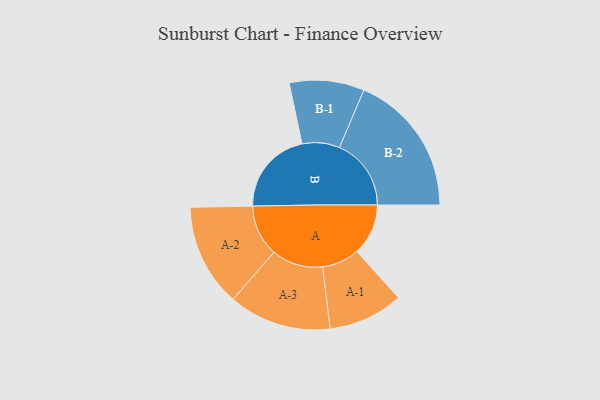
{"axis": {"x": "Segment", "y": "Value"}, "legend": ["", "A", "B"], "data": [{"x": "A", "y": 159, "type": ""}, {"x": "B", "y": 262, "type": ""}, {"x": "A-1", "y": 116, "type": "A"}, {"x": "A-2", "y": 159, "type": "A"}, {"x": "A-3", "y": 159, "type": "A"}, {"x": "B-1", "y": 116, "type": "B"}, {"x": "B-2", "y": 222, "type": "B"}]}